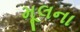
મૂલના